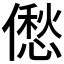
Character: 僽